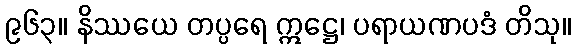
၉၆၃။ နိဿယေ တပ္ပရေ ဣဋ္ဌေ၊ ပရာယဏပဒံ တိသု။